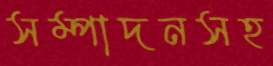
সম্পাদনসহ